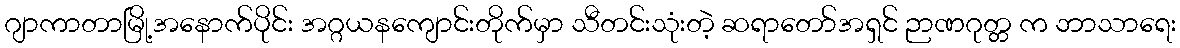
ဂျာကာတာမြို့အနောက်ပိုင်း အဂ္ဂယနကျောင်းတိုက်မှာ သီတင်းသုံးတဲ့ ဆရာတော်အရှင် ဉာဏဂုတ္တ က ဘာသာရေး